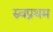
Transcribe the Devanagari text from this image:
स्र्वप्रथम